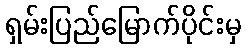
ရှမ်းပြည်မြောက်ပိုင်းမှ